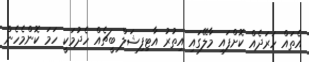
އެތައް ހަރަދެއް ކޮށްފައި މާލޭގައި އިތުރު އާޓިފިޝަލް ބީޗެއް ހެދުމަކީ ހަމަ ކޮންމެހެން